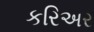
કરિઅર